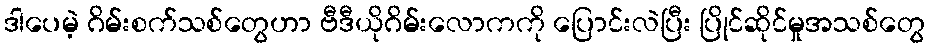
ဒါပေမဲ့ ဂိမ်းစက်သစ်တွေဟာ ဗီဒီယိုဂိမ်းလောကကို ပြောင်းလဲပြီး ပြိုင်ဆိုင်မှုအသစ်တွေ